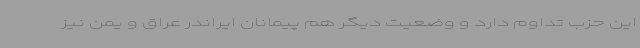
این حزب تداوم دارد و وضعیت دیگر هم پیمانان ایراندر عراق و یمن نیز